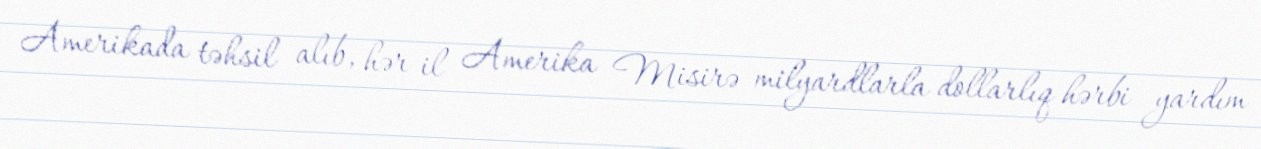
Amerikada təhsil alıb, hər il Amerika Misirə milyardlarla dollarlıq hərbi yardım